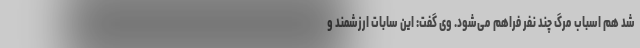
شد هم اسباب مرگ چند نفر فراهم می‌شود. وی گفت: این سابات ارزشمند و